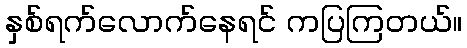
နှစ်ရက်လောက်နေရင် ကပြကြတယ်။